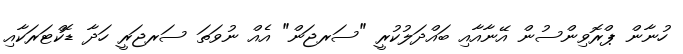
ހުނާން ޕްރޮވިންސުން އޭނާއާއި ބައްދަލުކުރީ "ސަރޖަން" އެއް ނުވަތަ ސަރޖަރީ ހަދާ ޑޮކްޓަރަކާއި